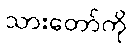
သားတော်ကို